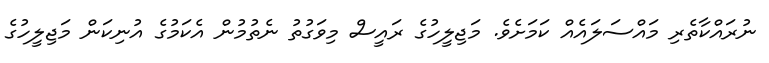
ނުރައްކާތެރި މައްސަލައެއް ކަމަށެވެ. މަޖިލީހުގެ ރައީސް މިވަގުތު ނެތުމުން އެކަމުގެ އުނިކަން މަޖިލީހުގެ